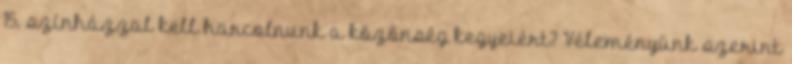
15. színházzal kell harcolnunk a közönség kegyeiért? Véleményünk szerint